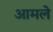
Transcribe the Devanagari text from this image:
आमले